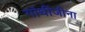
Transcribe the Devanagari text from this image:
गांधींजीना